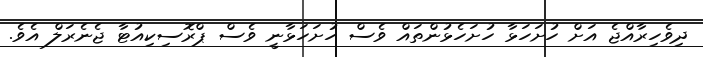
ދިވެހިރާއްޖެ އަށް ހުށަހަޅާ ހުށަހެޅުންތައް ވެސް ހުށަހަޅާނީ ވެސް ޕްރޮސިކިއުޓާ ޖެނެރަލް އެވެ.